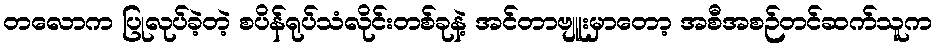
တလောက ပြုလုပ်ခဲ့တဲ့ စပိန်ရုပ်သံလိုင်းတစ်ခုနဲ့ အင်တာဗျူးမှာတော့ အစီအစဉ်တင်ဆက်သူက